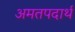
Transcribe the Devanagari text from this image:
अमतपदार्थ